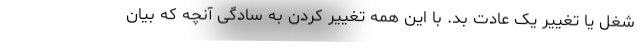
شغل یا تغییر یک عادت بد. با این همه تغییر کردن به سادگی آنچه که بیان